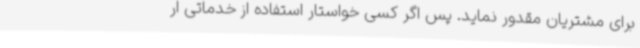
برای مشتریان مقدور نماید. پس اگر کسی خواستار استفاده از خدماتی ار